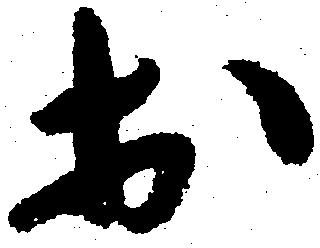
於